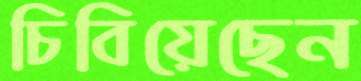
চিবিয়েছেন